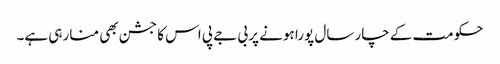
حکومت کے چار سال پورا ہونے پر بی جے پی اس کا جشن بھی منا رہی ہے۔